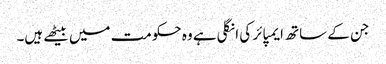
جن کے ساتھ ایمپائر کی انگلی ہے وہ حکومت میں بیٹھے ہیں۔